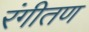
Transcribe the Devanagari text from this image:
रंगीतण